Vaccination in Burma 1912-1922 - 1912-1922
Year: 1912
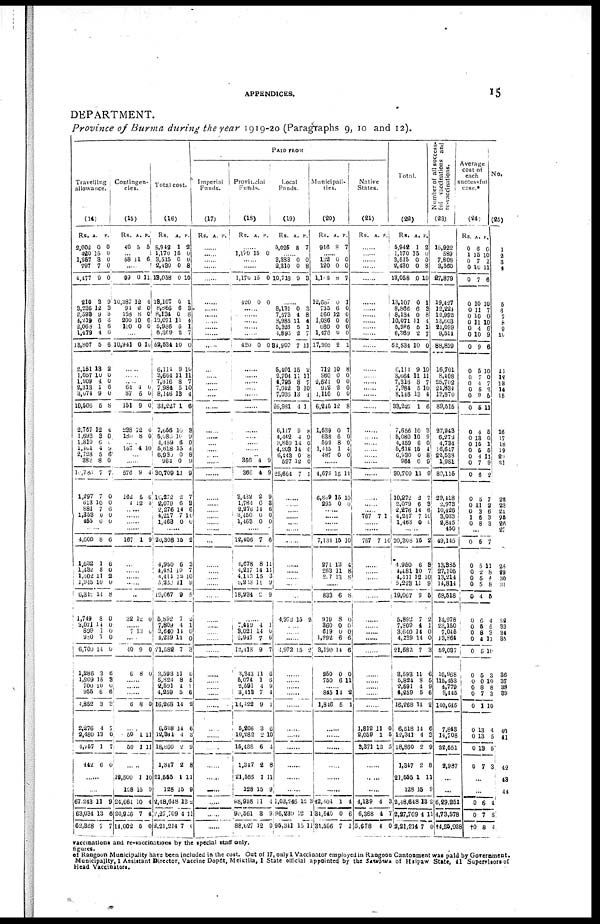
APPENDICES.
15
DEPARTMENT.
Province of Burma during the year 1919-20 (Paragraphs 9, 10 and 12).
Travelling
allowance.
(14)
Rs.
2,002
420
1,257
797
4,477
210
3,236
2,593
4,219
2,068
1,479
13,807
2,151
1,057
1,809
2,313
3,074
10,506
2,767
1,693
1,810
1,404
2,728
382
10,736
1,297
613
881
1,353
455
A.
0
15
8
7
9
3
12
9
6
1
4
5
13
10
4
1
9
5
12
3
6
4
5
8
7
7
10
7
0
0
P.
0
0
0
0
0
9
3
3
3 6
6
6
2
0
0
6
0
8
4
0
0
9
6
0
7
0
0 6
0
0
......
4,600
1,632
1,432
1,302
1,915
6,312
1,749
3,071
809
980
6,700
1,286
1,909
700
955
4,852
2,276
2,480
4,757
442
8
1
8
11
10
11
8
14
1
1
14
3
15
10
6
3
4
13
1
6
6
6
0
2
0
8
0
0
0
0
0
6
3
0
6
3
7
0
7
0
......
......
67,243
63,034
62,868
11
13
7
9
6
7
Contingen-
cies.
(15)
Rs.
40
A.
5
P.
5
... 58 11 6
......
99
10,387
94
158
200
100
0
12
2
8
10
0
11
4
0
0
6
0
......
10,941 0 10
......
...... ...... 64
87
151
238
180
1
0
9
12
8
0
0
0
6
0
...... 167 4 10
......
......
576
162
4
9
5
12
4
6
3
......
...... ......
......
167 1 9
......
......
......
......
......
32 12 0
...... 7 13 0
......
10
6
9
8
0
0
......
......
......
6 8 0
......
50
50
1
1
11
11
......
19,500
128
24,661
20,926
11,002
1
15
10
7
5
10
9
4
4
1
Total cost.
(16)
Rs.
5,942
1,170
3,515
2,430
18,058
18,107
8,866
8,134
10,071
5,986
6,369
52,534
6,111
3,664
7,316
7,984
8,146
33,227
7,656
5,080
4,459
5,618
6,930
964
30,709
10,372
2,079
2,276
4,217
1,463
A.
1
15
0
0
0
0
6
0
11
5
2
10
9
11
8
5
13
1
10
10
6
15 0
0
11
2
6
14
7
0
P.
2
0
0
8
10
1
8
8
4
1
7
0
10
11
7
10
4
6
8
9 0
4
8 9
9
7
3
6
10
0
......
20,308
4,950
4,481
4,411
5,322
19,067
5,892
7,809
3,640
4,239
21,588
3,593
5,824
2,591
4,259
16,268
6,518
12,841
18,860
1,347
21,555
128
2,48,648
2,27,709
2,21,214
15
6
10
12
11
9
7
4
11
11
7
11
8
4
5
14
14
4
2
2
1
15
13
4
7
2
3
7
10
9
5
2
1
0
0
3
6
5
1
6
2
6
3
9
8
11
9
2
11
0
PAID FROM
Imperial
Funds.
(17)
Rs. A. P.
......
......
......
......
......
......
......
...... ......
......
......
......
......
...... ......
......
......
......
......
......
......
......
......
......
......
......
......
......
...... ......
......
......
......
......
......
......
......
......
......
......
......
......
......
......
...... .....
......
......
......
......
......
......
......
......
......
......
Provincial
Funds.
(18)
Rs. A. P.
......
1,170 15 0
......
......
1,170
420
15
0
0
0
......
......
......
......
......
420 0 0
......
...... ......
......
......
......
......
......
......
......
...... 356
366
3,432
1,784
2,276
3,450
1,463
4
4
2
6
14
0
0
9
9
9
3
6
0
0
......
12,406
4,678
4,217
4,113
5,213
18,234
7
8
14
15
11
2
6
11
11
2 9
9
......
7,449
3,021
2,947
13,413
3,343
5,074
2,591
3,418
14,422
5,206
10,282
16,438
1,347
21,555
128
98,958
90,561
88,627
4
14
7
9
11
1
4
7
9
3
2
6
2
1
15
11
3
12
1
0
6
7
6
6
9
4
1
6
10
4
8
11
9
1
9
0
Local
Funds.
(19)
Rs.
5,025
A.
8
P.
7
...... 3,383
2,310
10,718
0
0
9
0
8
3
......
8,131
7,573
8,985
5,326
1,893
84,900
5,401
2,704
4,795
7,042
7,036
26,981
6,117
4,442
3,859
4,203
6,443
597
25,664
0
4
11
5
2
7
15
11 8
3
13
4
9
4
14
14
0
12
7
3
8
4
1
7
11
2
11
7
10
4
1
8
9
0
0
8
0
1
......
......
......
...... ......
......
......
......
......
......
......
......
4,972 15 2
......
......
......
1,972 15 2
......
......
......
......
......
......
......
......
......
......
......
1,03,246
96,239
95,341
12
12
10
3
1
11
Municipali-
ties.
(20)
Rs.
916
A.
8
P.
7
......
132
120
1,108
12,687
735
560
1,056
660
1,476
17,205
712
960
2,521
912
1,110
6,245
1,539
638
599
1,415
487
0
0
8
0
6
12
0
0
0
2
10
0
0
2
0
12
0
6
8
1
0
0
0
7
1
0
0
0
0
0
1
8
0
0
0
0
8
7
0
0
4
0
......
4,678
6,809
295
15
15
0
11
10
0
......
......
......
......
7,134
271
263
207
15
13
11
13
10
4
8
8
......
833
919
860
619
1,292
3,190
250
750
6
8
0
0
6
14
0
6
8
0
0
0
6
6
0
11
...... 845
1,846
14
5
2
1
......
......
......
......
......
......
42,304
31,540
31,566
1
0
7
4
6
1
Native
States.
(21)
Rs. A. P.
......
......
......
......
......
......
......
......
......
......
......
......
......
...... ......
......
......
......
......
......
......
......
......
......
......
......
......
......
767 7 1
......
......
767 7 10
......
......
......
......
......
......
......
......
......
......
......
......
......
......
......
1,812
2,059
3,371
11
1
12
0
5
5
......
......
......
4,139
6,368
5,678
4
4
4
3
7
0
Total.
(22)
Rs.
5,942
1,170
3,515
2,430
13,058
13,107
8,866
8,134
10,071
6,986
6,369
52,534
6,111
3,664
7,316
7,984
8,146
33,227
7,656
5,080
4,459
5,818
6,930
964
30,709
10,272
2,079
2,276
4,217
1,463
A.
1
15
0
0
0
0
6
0
11
5
2
10
9
11
8
5
13
1
10
10
6
15
0
0
11
2
6
14
7 0
P.
2
0
0
8
10
1
3
8
4
1
7
0
10
11
7
10
4
6
3
9
0
4
8
9
9
7
3
6
10
0
......
20,308
4,950
4,481
4,111
5,223
19,067
5,892
7,809
3,640
4,239
21,582
3,593
5,824
2,591
4,259
16,268
6,518
12,341
18,860
1,347
21,555
128
2,48,648
2,27,709
2,21,214
15
6
10
12
11
9
7
4
14
14
7
11
8
4
5
14
14
4
2
2
1
15
13
4
7
2
8
7
10
9
5
2
1
0
0
3
6
5
9
6
2
6
3
9
8
11
9
2
11
0
Number of all success-
ful vaccinations and
re-vaccinations.
(23)
15,922
589
7,808
3,560
27,879
19,427
12,224
12,992
13,603
21,099
9,514
88,859
16,701
8,408
25,702
24,834
13,870
89,515
27,943
6,272
4,734
16,647
22,538
1,981
80,115
29,418
2,973
10,426
3,033
2,845
450
49,145
13,385
27,105
13,214
14,814
68,518
14,978
23,150
7,045
13,864
59,097
10,968
115,453
4,779
9,445
140,645
7,848
14,708
22,551
2,987
...
...
6,29,251
4,73,578
†4,25,928
Average
cost of
each
successful
case.*
(24)
Rs.
0
1
0
0
0
0
0
0
0
0
0
0
0
0 0
0
0
0
0
0
0
0
0
0
0
0
0
0
1
0
A.
6
15
7
10
7
10
11
10
11
4
10
9
5
7 4
5
9
5
4
13
15
5
4
7
6
5
11
3
6 8
P.
0
10
2
11
6
10
7
0
10
6
9
6
10
0 7
2
5
11
5
0
1
5
11
9
2
7
2 6
3 3
......
0
0
0
0
0
0
0
0
0
0
0
0
0
0
0
0
0
0
0
0
6
5
2
5
5
4
6
5
8
4
5
5
0
8
7
1
13
13
13
7
7
11
8
4
8
5
4
5
3
11
10
3
10
8
3
10
4
5
5
3
...
...
0
0
†0
6
7
8
4
8
4
No.
(25)
1
2
3
4
5
6
7
8
9
10
11
12
13
14
15
......
16
17
18
19
20
21
22
23
24
25
26
27
28
29
30
31
32
33
34
35
36
37
38
39
40
41
42
43
44
vaccinations and re-vaccinations by the special staff only.
figures.
of Rangoon Municipality have been included in the cost. Out of 17, only 1 Vaccinator employed in Rangoon Cantonment was paid by Government.
Municipality,1 Assistant Director, Vaccine Dopôt, Meiktila, 1 State official appointed by the Sawbwe
of Haipaw State, 41 Supervisors of
Head Vaccinators.